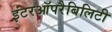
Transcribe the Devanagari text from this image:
इंटरऑपरैबिलिटी